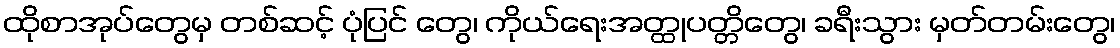
ထိုစာအုပ်တွေမှ တစ်ဆင့် ပုံပြင် တွေ၊ ကိုယ်ရေးအတ္ထုပတ္တိတွေ၊ ခရီးသွား မှတ်တမ်းတွေ၊